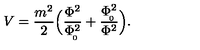
V = { \frac { m ^ { 2 } } { 2 } } \Big ( { \frac { \Phi ^ { 2 } } { \Phi _ { \! _ { 0 } } ^ { 2 } } } + { \frac { \Phi _ { \! _ { 0 } } ^ { 2 } } { \Phi ^ { 2 } } } \Big ) .